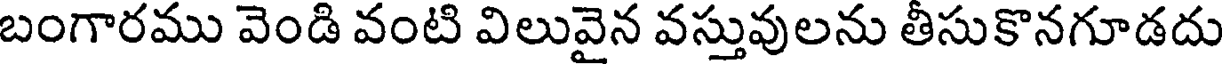
బంగారము వెండి వంటి విలువైన వస్తువులను తీసుకొనగూడదు